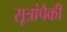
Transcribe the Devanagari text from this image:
सूत्रांपैकी